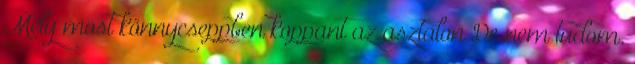
Mely most könnycseppben koppant az asztalon De nem tudom.